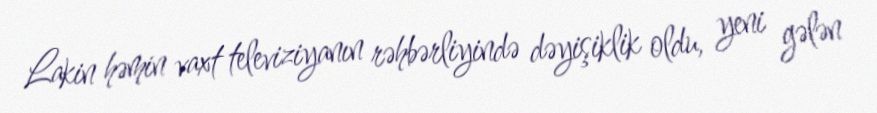
Lakin həmin vaxt televiziyanın rəhbərliyində dəyişiklik oldu, yeni gələn